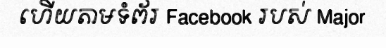
ហើយតាមទំព័រ Facebook របស់ Major